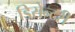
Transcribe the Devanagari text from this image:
डिसेन्टरी